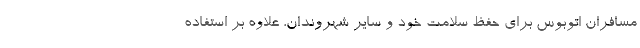
مسافران اتوبوس برای حفظ سلامت خود و سایر شهروندان، علاوه بر استفاده